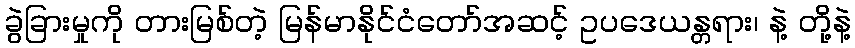
ခွဲခြားမှုကို တားမြစ်တဲ့ မြန်မာနိုင်ငံတော်အဆင့် ဥပဒေယန္တရား၊ နဲ့ တို့နဲ့